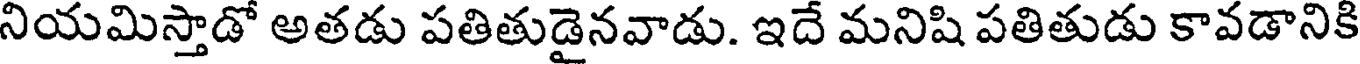
నియమిస్తాడో అతడు పతితుడైనవాడు. ఇదే మనిషి పతితుడు కావడానికి